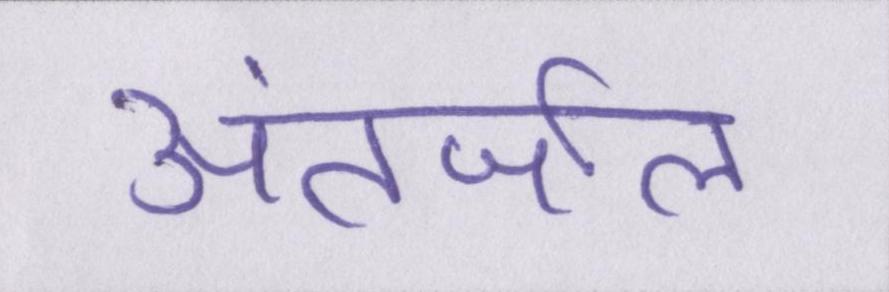
अंतर्जाल